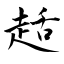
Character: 趏